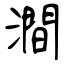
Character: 澗